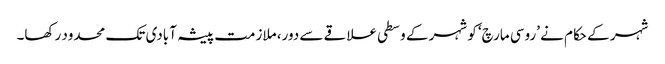
شہر کے حکام نے ’روسی مارچ‘ کو شہر کے وسطی علاقے سے دور، ملازمت پیشہ آبادی تک محدود رکھا۔